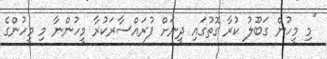
"މި މީހުން ގަބޫލު ކުރާ ގޮތުގައި ދީނަށް ފުރައްސާރަކުރާ މީހުންނާ މި މީހުންގެ